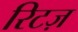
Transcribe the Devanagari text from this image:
रिटज़